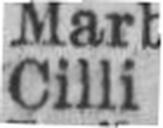
Cilli